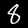
Label: 8